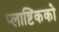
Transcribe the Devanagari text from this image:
प्लाष्टिकको